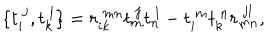
\{ t _ { i } ^ { ~ j } , t _ { k } ^ { ~ l } \} = r _ { i k } ^ { ~ m n } t _ { m } ^ { ~ j } t _ { n } ^ { ~ l } - t _ { i } ^ { ~ m } t _ { k } ^ { ~ n } r _ { m n } ^ { ~ j l } ,